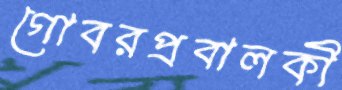
গোবরপ্রবালকী